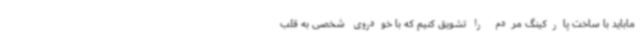
ماباید با ساخت پارکینگ مردم را تشویق کنیم که با خودروی شخصی به قلب